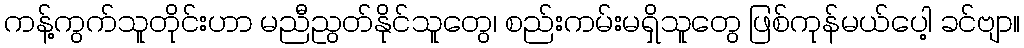
ကန့်ကွက်သူတိုင်းဟာ မညီညွတ်နိုင်သူတွေ၊ စည်းကမ်းမရှိသူတွေ ဖြစ်ကုန်မယ်ပေါ့ ခင်ဗျာ။